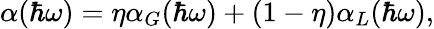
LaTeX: \alpha(\hbar\omega)=\eta\alpha_{G}(\hbar\omega)+(1-\eta)\alpha_{L}(\hbar\omega),